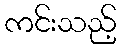
ကင်းသည့်